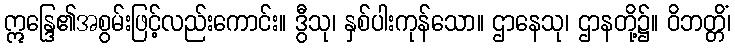
ဣန္ဒြေ၏အစွမ်းဖြင့်လည်းကောင်း။ ဒွီသု၊ နှစ်ပါးကုန်သော။ ဌာနေသု၊ ဌာနတို့၌။ ဝိဘတ္တိံ၊